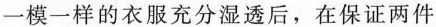
一模一样的衣服充分湿透后，在保证两件